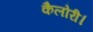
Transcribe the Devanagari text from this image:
कैलोरी।